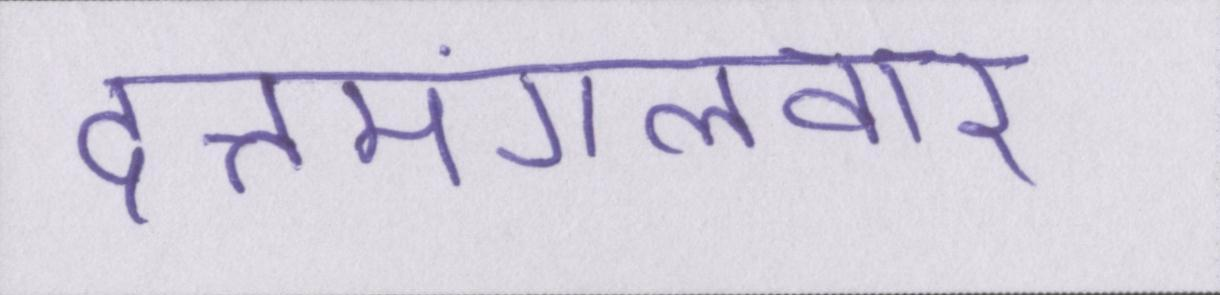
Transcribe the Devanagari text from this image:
दत्तमंगलवार